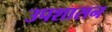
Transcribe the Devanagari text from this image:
उपशासन